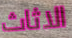
الاثاث